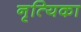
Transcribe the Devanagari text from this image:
नृत्यिका